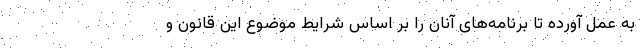
به عمل آورده تا برنامه‌های آنان را بر اساس شرایط موضوع این قانون و